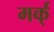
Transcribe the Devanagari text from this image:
मर्क्